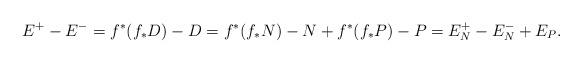
LaTeX: \begin{align*}E^+ - E^{-} = f^*(f_*D) - D = f^*(f_*N) -N + f^*(f_*P) - P = E_N^+ - E_N^{-} + E_P.\end{align*}